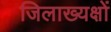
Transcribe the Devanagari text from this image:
जिलाख्यक्षों